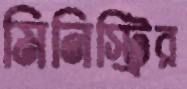
মিনিস্ট্রির